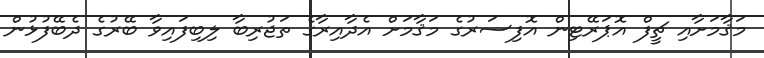
މަޤާމަށާއި ޗީފް އޮޕަރޭޓިން އޮފިސަރުގެ މަޤާމަށް އެދާއިރާގެ ތަޖުރިބާ ލިބިފައިވާ ބޭރުގެ ދެބޭފުޅުން